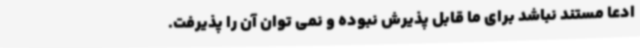
ادعا مستند نباشد برای ما قابل پذیرش نبوده و نمی توان آن را پذیرفت.